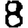
Digit: 8